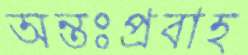
অন্তঃপ্রবাহ